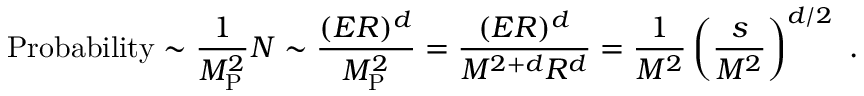
\mathrm { P r o b a b i l i t y } \sim \frac { 1 } { M _ { \mathrm { P } } ^ { 2 } } N \sim \frac { ( E R ) ^ { d } } { M _ { \mathrm { P } } ^ { 2 } } = \frac { ( E R ) ^ { d } } { M ^ { 2 + d } R ^ { d } } = \frac { 1 } { M ^ { 2 } } \left( \frac { s } { M ^ { 2 } } \right) ^ { d / 2 } ~ .